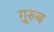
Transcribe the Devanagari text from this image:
ग़़ुरुब